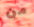
من